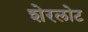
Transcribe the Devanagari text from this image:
शेरलोट